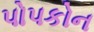
પોપકોન